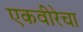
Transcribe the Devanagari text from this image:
एकवीरेचा